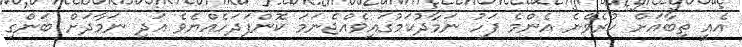
އެއީ ތިބާއަށް ކުރެވޭނެ އެންމެ ފަހު ނަމާދުކަމުގައިވެއްޖެނަމަ ކޮންފަދަހެއްޔެވެ އަދި ނަމާދަށް ބަންގި